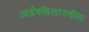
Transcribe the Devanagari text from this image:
आईवडिलांमधील